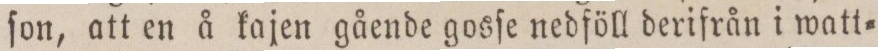
ſon, att en å kajen gående gosſe nedföll derifrån i watt=